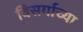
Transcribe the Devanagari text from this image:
विसर्गाच्या